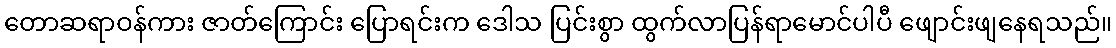
တောဆရာဝန်ကား ဇာတ်ကြောင်း ပြောရင်းက ဒေါသ ပြင်းစွာ ထွက်လာပြန်ရာမောင်ပါပီ ဖျောင်းဖျနေရသည်။